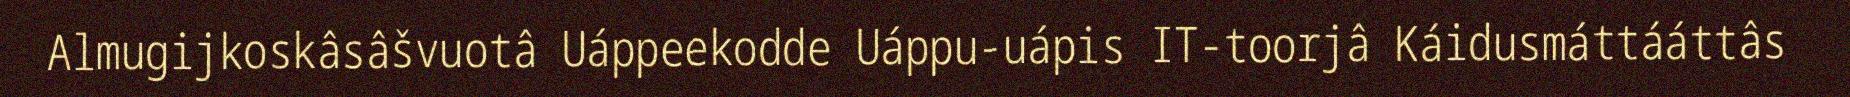
Almugijkoskâsâšvuotâ Uáppeekodde Uáppu-uápis IT-toorjâ Káidusmáttááttâs